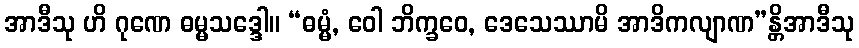
အာဒီသု ဟိ ဂုဏေ ဓမ္မသဒ္ဒေါ။ “ဓမ္မံ, ဝေါ ဘိက္ခဝေ, ဒေသေဿာမိ အာဒိကလျာဏ”န္တိအာဒီသု